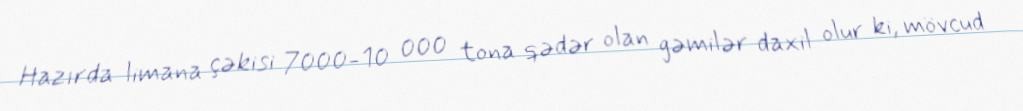
Hazırda limana çəkisi 7000-10 000 tona qədər olan gəmilər daxil olur ki, mövcud